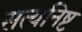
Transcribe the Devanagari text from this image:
सत्यनिष्ट